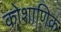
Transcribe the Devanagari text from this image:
कोशाणिक